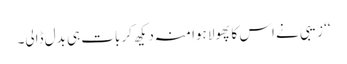
‘‘ زیبی نے اس کا پھولا ہوا منہ دیکھ کر بات ہی بدل ڈالی۔